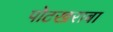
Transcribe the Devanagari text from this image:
पोटखराबा